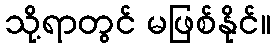
သို့ရာတွင် မဖြစ်နိုင်။